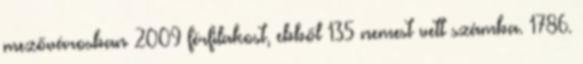
mezővárosban 2009 férfilakost, ebből 135 nemest vett számba. 1786.